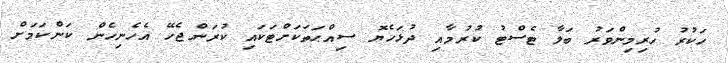
ހަކުރު ހުރިމިންވަރު ބަލާ ޓެސްޓު ކުރުމާއި ދުޅަހެޔޮ ސިއްޙަތަކަށްޓަކައި ކުރަންޖެހޭ އެހެނިހެން ކަންކަމަށް